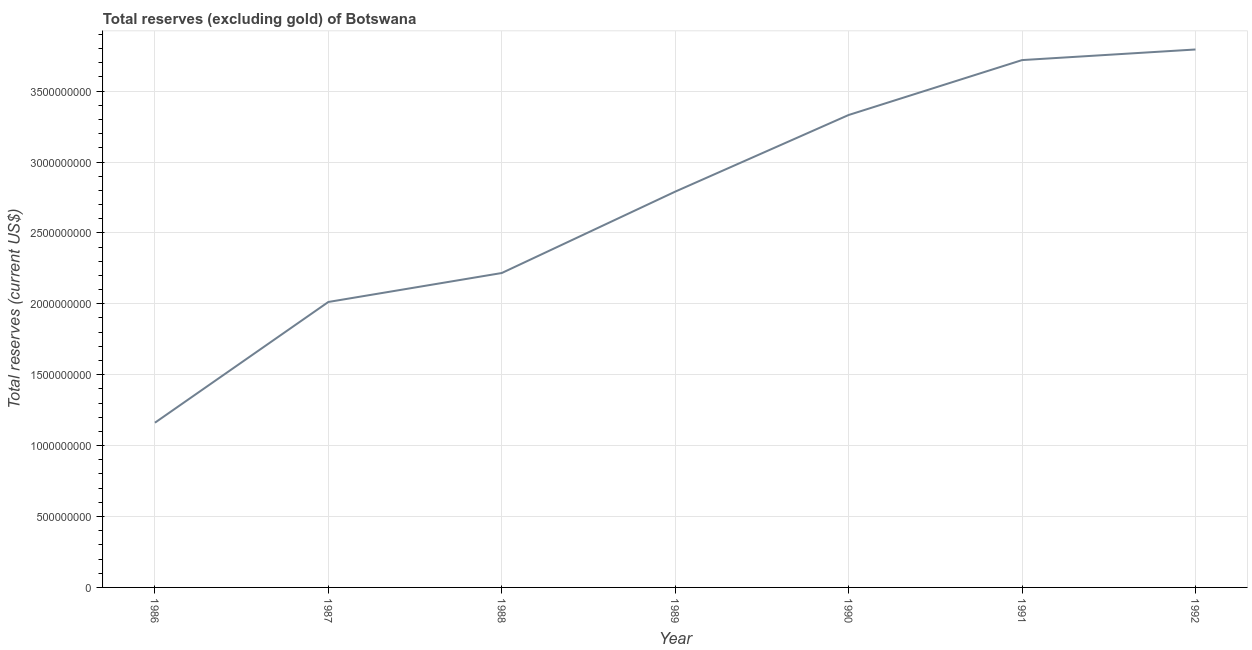
| Year | Total reserves minus gold (current US$) |
 | --- | --- |
 | 1986 | 1.16e+09 |
 | 1987 | 2.01e+09 |
 | 1988 | 2.22e+09 |
 | 1989 | 2.79e+09 |
 | 1990 | 3.33e+09 |
 | 1991 | 3.72e+09 |
 | 1992 | 3.79e+09 |